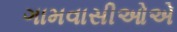
ગામવાસીઓએ